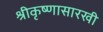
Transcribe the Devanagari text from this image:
श्रीकृष्णासारखी